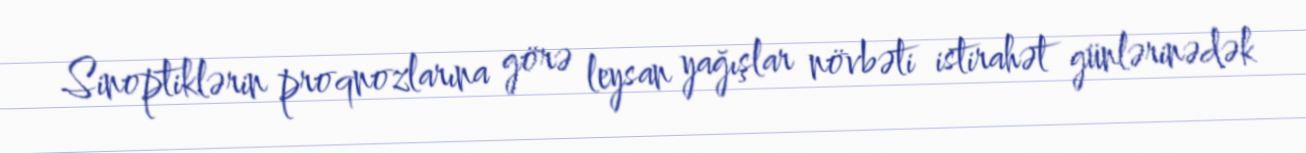
Sinoptiklərin proqnozlarına görə leysan yağışlar növbəti istirahət günlərinədək